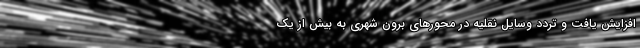
افزایش یافت و تردد وسایل نقلیه در محورهای برون شهری به بیش از یک